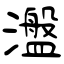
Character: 瀊